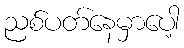
ညစ်ပတ်နေမှာပေါ့